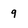
Character: 9